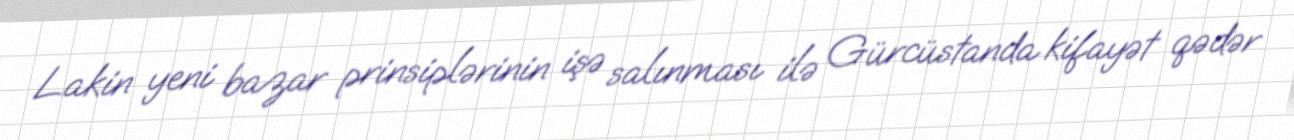
Lakin yeni bazar prinsiplərinin işə salınması ilə Gürcüstanda kifayət qədər